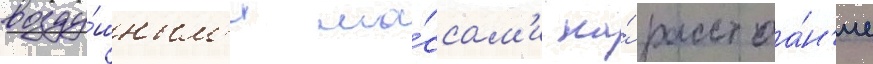
возду́шным'и ма́ссам'и на́ расстоа́н'ие